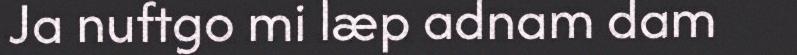
Ja nuftgo mi læp adnam dam